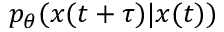
p _ { \theta } ( x ( t + \tau ) | x ( t ) )